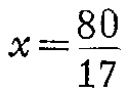
\(x=\frac{80}{17}\)